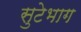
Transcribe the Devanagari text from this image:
सुटेभाग